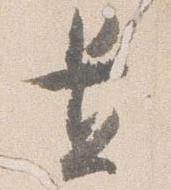
置